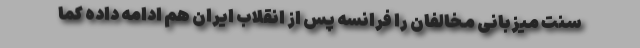
سنت میزبانی مخالفان را فرانسه پس از انقلاب ایران هم ادامه داده کما